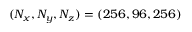
( N _ { x } , N _ { y } , N _ { z } ) = ( 2 5 6 , 9 6 , 2 5 6 )